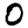
Digit: 0